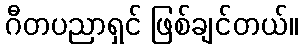
ဂီတပညာရှင် ဖြစ်ချင်တယ်။